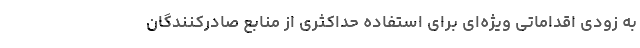
به زودی اقداماتی ویژه‌ای برای استفاده حداکثری از منابع صادرکنندگان